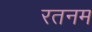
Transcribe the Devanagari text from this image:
रतनम